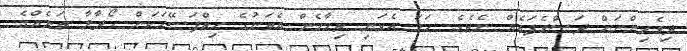
ދިވެހިންނަށް ދަސްވެފައެއް ނެތެވެ. ހަމަ އެކަނި ތިމާމެން އެތަނުގެ ހިތްފަސޭހަކަން ހޯދާލާ ތަނެއްގެ